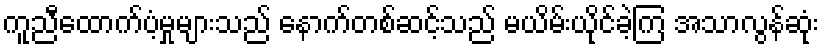
ကူညီထောက်ပံ့မှုများသည် နောက်တစ်ဆင့်သည် မယိမ်းယိုင်ခဲ့ကြ အသာလွန်ဆုံး